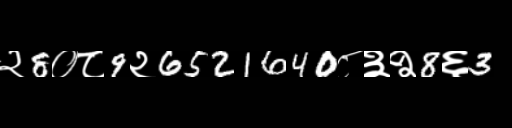
Text: २8०८9२6521640८३२8६3